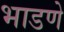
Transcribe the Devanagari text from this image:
भाडणे